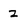
Character: z